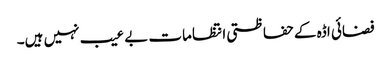
فضائی اڈہ کے حفاظتی انتظامات بے عیب نہیں ہیں۔